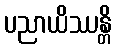
ပညာယိဿန္တိ